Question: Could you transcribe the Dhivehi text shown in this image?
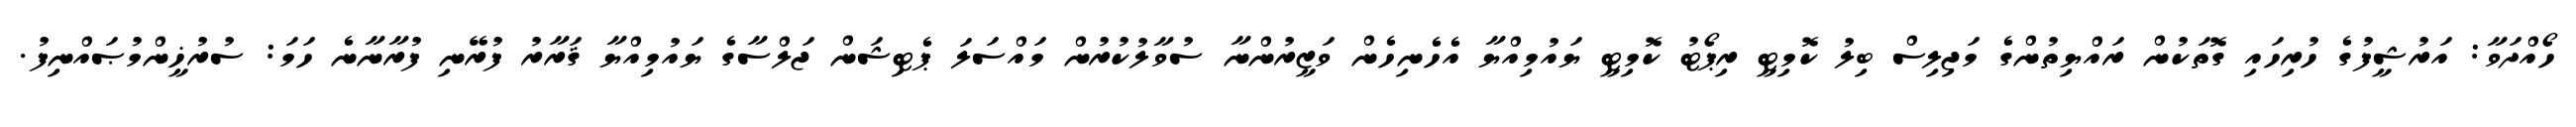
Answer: ހޯއްދަވާ: އަރުޝީފުގެ ހުރިހައި ގޮތަކުން ރައްޔިތުންގެ މަޖިލިސް ބިލު ކޮމިޓީ ރިޕޯޓު ކޮމިޓީ ޔައުމިއްޔާ އެހެނިހެން ވަޒީރުންނާ ސުވާލުކުރުން މައްސަލަ ޕެޓިޝަން ޖަލްސާގެ ޔައުމިއްޔާ ޤަރާރު ފުރޭނި ފުރާނާނެ ހަމަ: ސުރުޚީންމުޞައްނިފު.